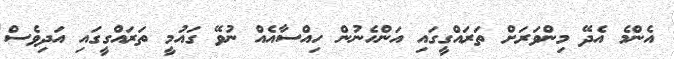
އެންމެ އެދޭ މިންވަރަށް ތަރައްގީގައި އަންހެނުން ހިއްސާއެއް ނުވޭ ގައުމީ ތަރައްގީގައި އަދިވެސް